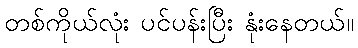
တစ်ကိုယ်လုံး ပင်ပန်းပြီး နုံးနေတယ်။